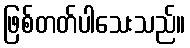
ဖြစ်တတ်ပါသေးသည်။